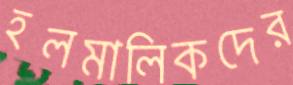
হলমালিকদের